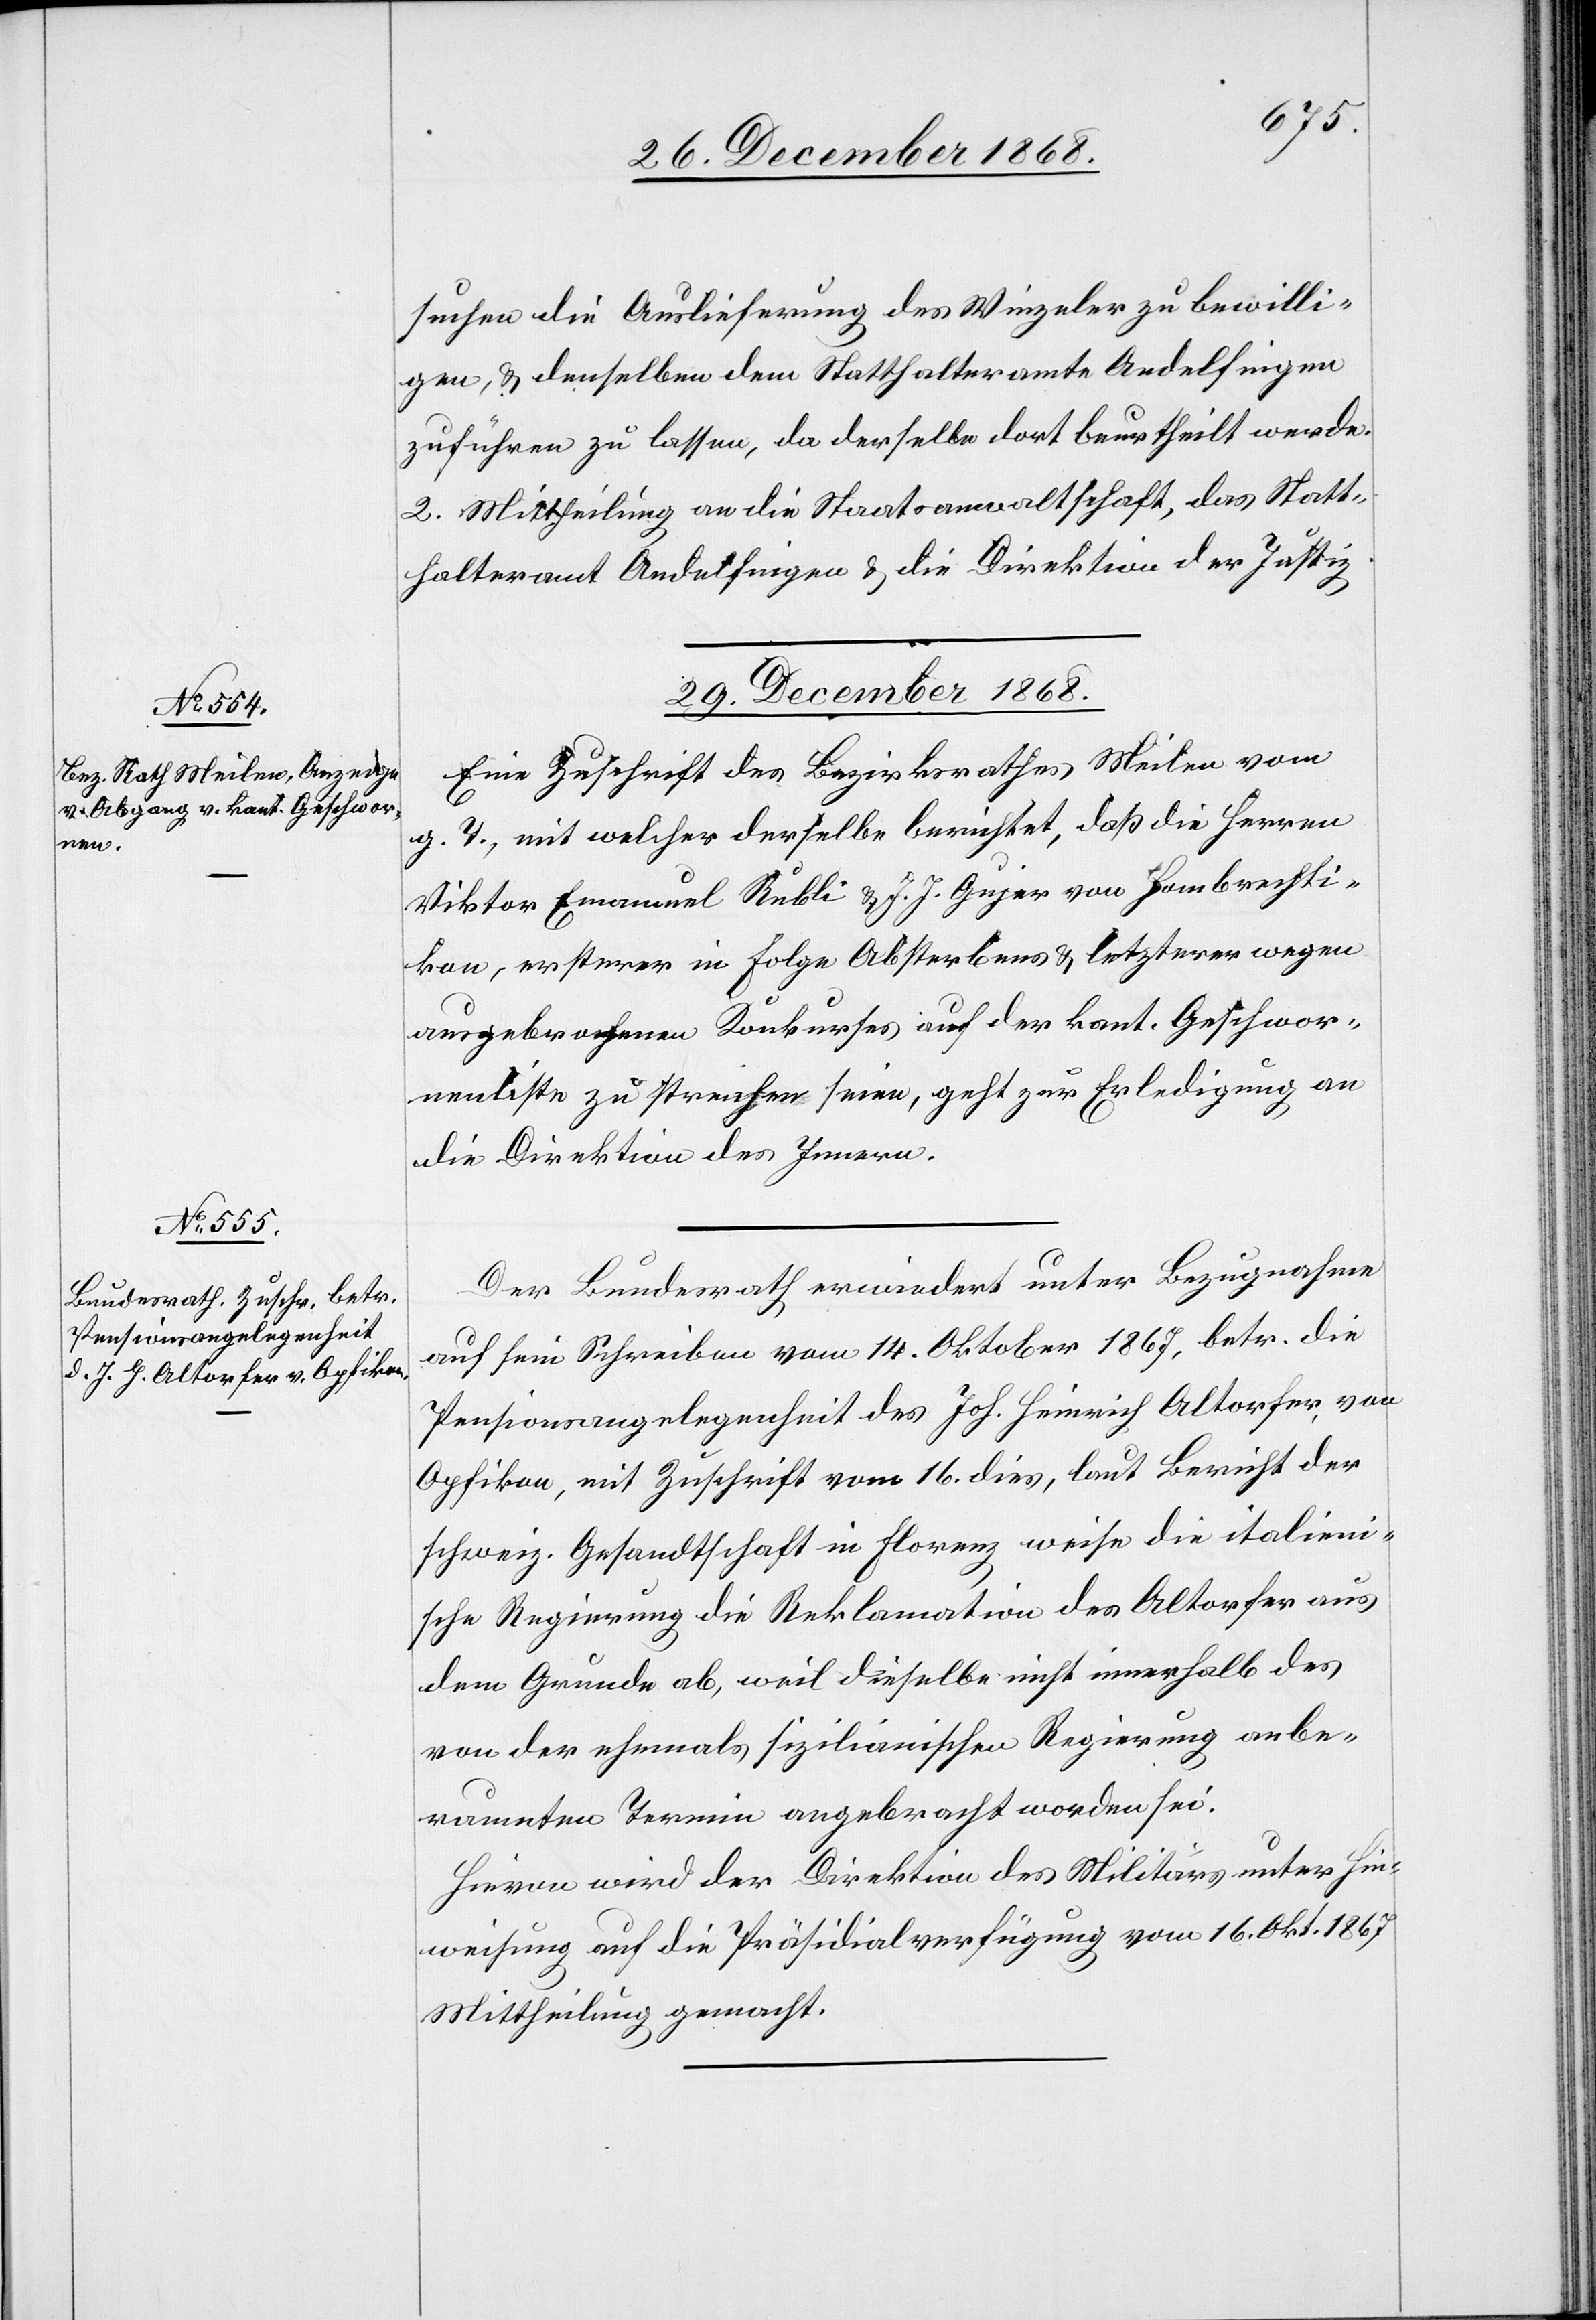
suchen die Auslieferung des Winzeler zu bewilli¬
gen, & denselben dem Statthalteramte Andelfingen
zuführen zu lassen, da derselbe dort beurtheilt werde.
2. Mittheilung an die Staatsanwaltschaft, das Statt¬
halteramt Andelfingen & die Direktion der Justiz.
29. December 1868.]
Eine Zuschrift des Bezirksrathes Meilen vom
g. T., mit welcher derselbe berichtet, daß die Herren
Viktor Emanuel Rubli & J. J. Gujer von Hombrechti¬
kon, ersterer in Folge Absterbens & letzterer wegen
ausgebrochenen Konkurses auf der kant. Geschwor¬
nenliste zu streichen seien, geht zur Erledigung an
die Direktion des Innern.
Der Bundesrath erwiedert unter Bezugnahme
auf sein Schreiben vom 14. Oktober 1867, betr. die
Pensionsangelegenheit des Joh. Heinrich Altorfer, von
Opfikon, mit Zuschrift vom 16. dies, laut Bericht der
schweiz. Gesandtschaft in Florenz weise die italieni¬
sche Regierung die Reklamation des Altorfer aus
dem Grunde ab, weil dieselbe nicht innerhalb des
von der ehemals sizilianischen Regierung anbe¬
raumten Termin angebracht worden sei.
Hievon wird der Direktion des Militärs unter Hin¬
weisung auf die Präsidialverfügung vom 16. Okt. 1867
Mittheilung gemacht.